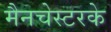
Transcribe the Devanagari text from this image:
मैनचेस्टरके